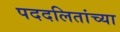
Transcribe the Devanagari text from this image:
पददलितांच्या